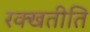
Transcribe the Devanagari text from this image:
रक्खतीति